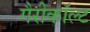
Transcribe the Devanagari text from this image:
गैरीकॉल्ट